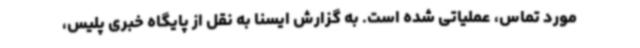
مورد تماس، عملیاتی شده است. به گزارش ایسنا به نقل از پایگاه خبری پلیس،